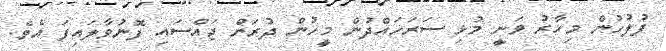
ފުލުހުން މިހާރު ވަނީ މުޅި ސަރަހައްދުން މީހުން ދުރަށް ޖައްސައި ފޮނުވާލައިފަ އެވެ.